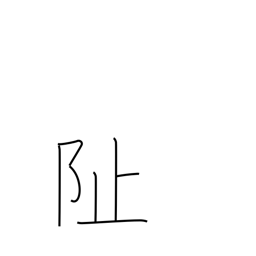
Meaning: foundation